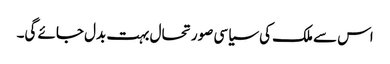
اس سے ملک کی سیاسی صورتحال بہت بدل جائے گی۔